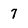
Character: 7